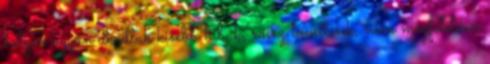
helyen ugyan akadtak kisebb hibák, rossz tömítések, nem megfelelően